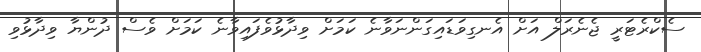
ސެކްރެޓަރީ ޖެނެރަލް އަށް އެނގިވަޑައިގަންނަވާނެ ކަމަށް ވިދާޅުވެފައިވާނެ ކަމަށް ވެސް ދުންޔާ ވިދާޅުވި